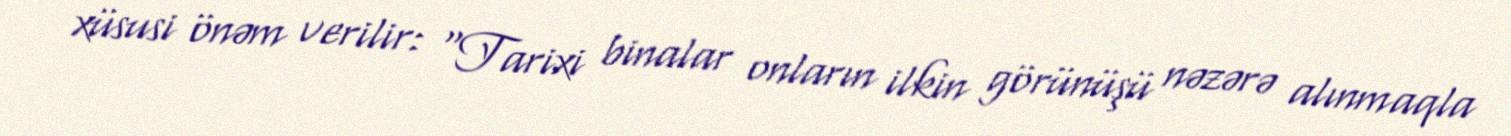
xüsusi önəm verilir: “Tarixi binalar onların ilkin görünüşü nəzərə alınmaqla